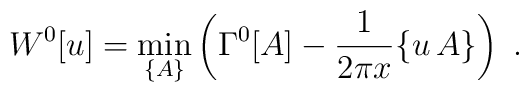
W^0[u]=\min_{\{ A\} }\left( \Gamma^0[A]-\frac{1}{2\pi x} \{ u\,A\} \right)\ .